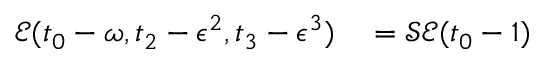
\begin{array} { r l } { \mathcal { E } ( t _ { 0 } - \omega , t _ { 2 } - \epsilon ^ { 2 } , t _ { 3 } - \epsilon ^ { 3 } ) } & { { } = \mathcal { S } \mathcal { E } ( t _ { 0 } - 1 ) } \end{array}